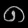
Digit: ၈